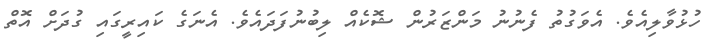
ހުޅުވާލިއެވެ. އެވަގުތު ފެނުނު މަންޒަރުން ޝޮކެއް ލިބުނުފަދައެވެ. އެނަގެ ކައިރީގައި ގުދަށް އޮތް